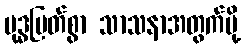
ဗုဒ္ဓမြတ်စွာ သာသနာအတွက်မို့